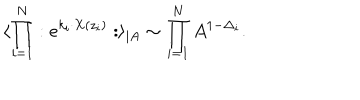
LaTeX: \langle \prod _ { i = 1 } ^ { N } : e ^ { k _ { i } \cdot X ( z _ { i } ) } : \rangle _ { \mid A } \sim \prod _ { i = 1 } ^ { N } A ^ { 1 - \Delta _ { i } } .